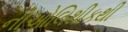
નીઓલિથીકથી